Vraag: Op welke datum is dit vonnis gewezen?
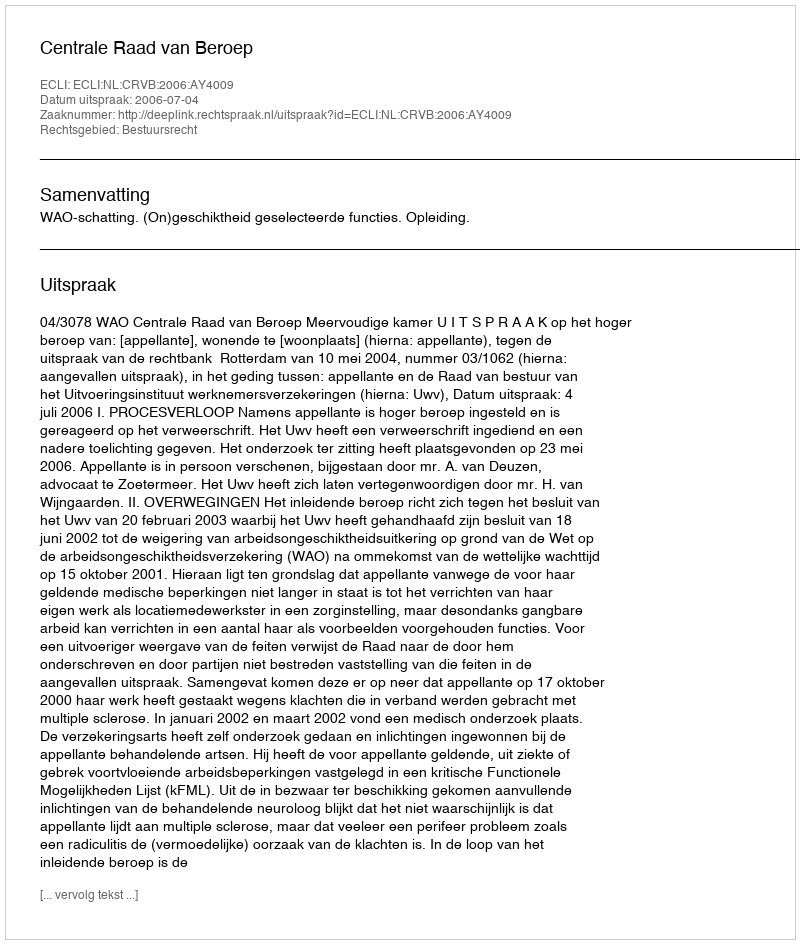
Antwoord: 2006-07-04